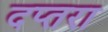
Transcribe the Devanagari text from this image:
दप्तरा